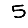
Digit: 5